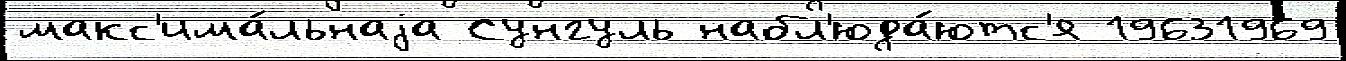
макс'има́льнаjа Сунгуль набл'юда́ютс'я 19631969